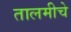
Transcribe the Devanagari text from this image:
तालमीचे